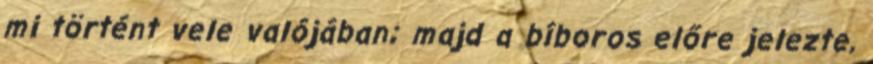
mi történt vele valójában; majd a bíboros előre jelezte,